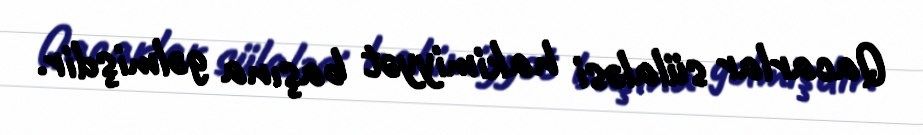
Qacarlar sülaləsi hakimiyyət başına gəlmişdir.